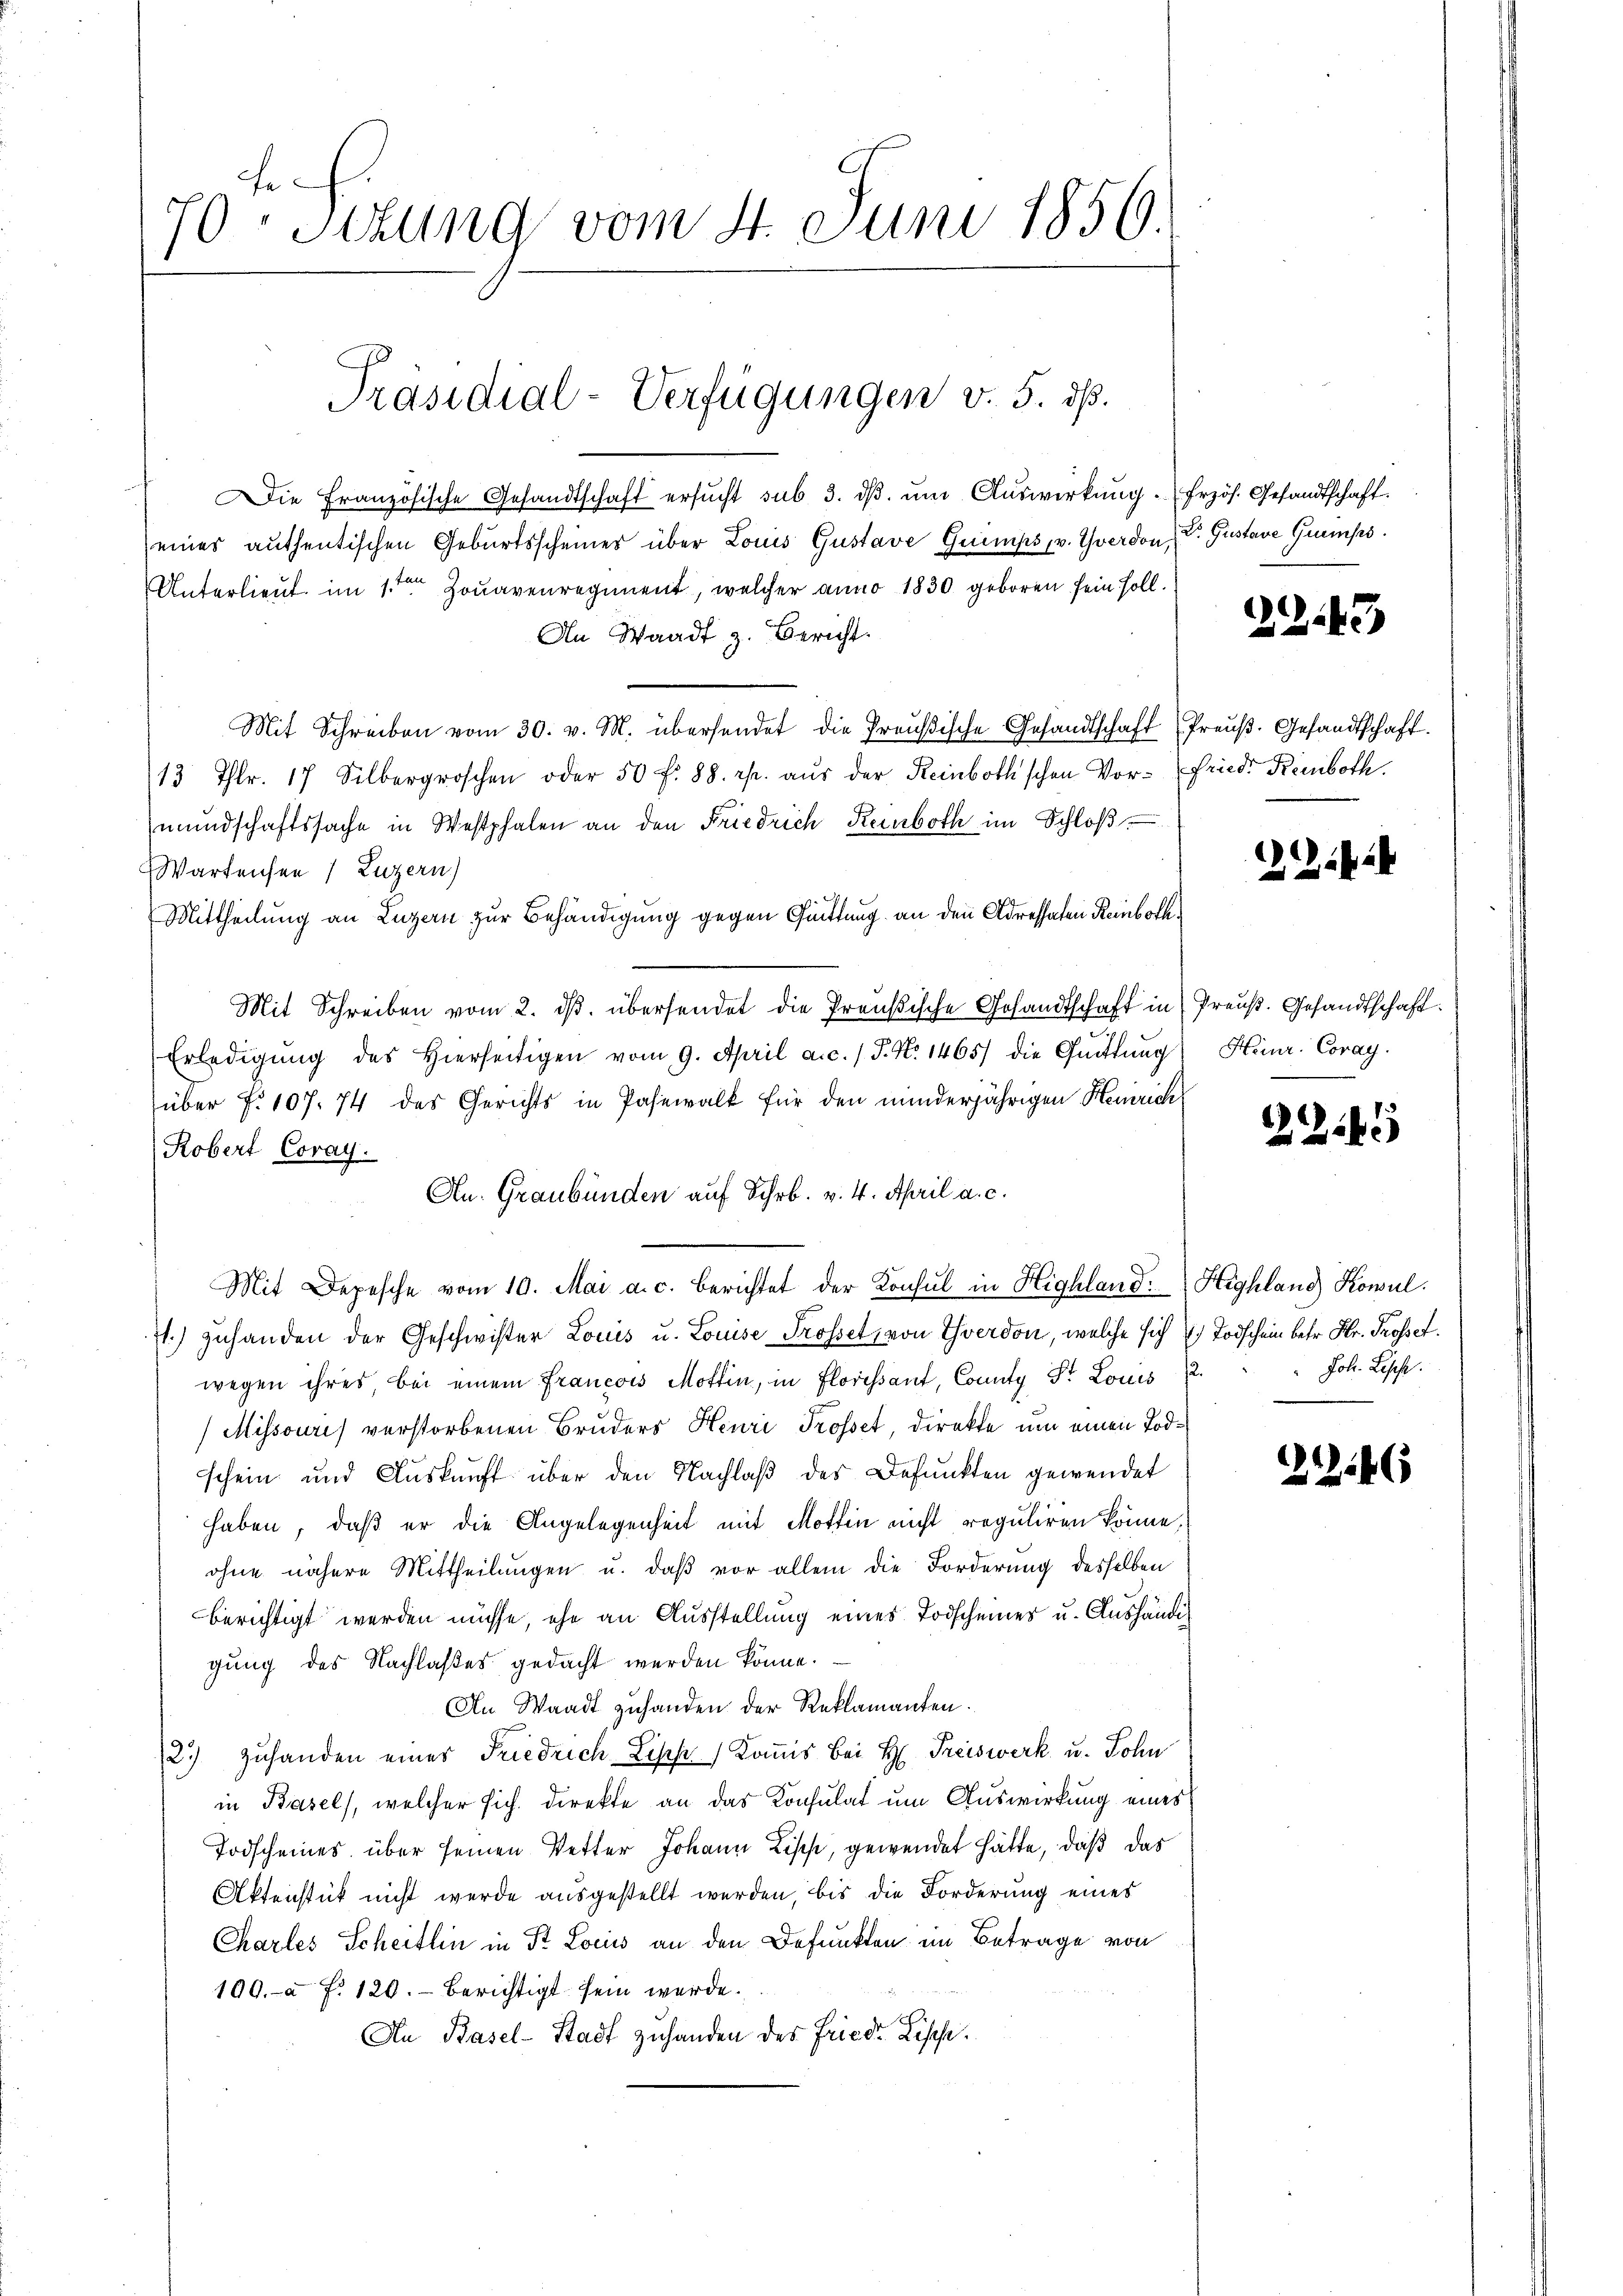
70ten Sizung vom 4. Juni 1850.

Die Französische Gesandtschaft ersucht sub 3. dβ. um Auswirkung. Frzös. Gesandtschaft.
eines authentischen Geburtsscheines über Louis Gustave Guimps, v. Yverdon, V. Gustave Quemps.
Unterlieut. im 1ten Jonavenregiment, welcher anno 1830 geboren sein soll.
An Waadt z. Bericht.
Mit Schreiben vom 30. v. M. übersendet die Preŭβische Gesandtschaft Preŭβ. Gesandtschaft.
13 Thlr. 17 Silbergroschen oder 50 f. 88. rp. aŭs der Reinboth'schen Vor-Friedr Kremboth.
mŭndschaftssache in Westphalen an den Friedrich Reinboth im Schloß
Wartensee ) Luzern)
Mittheilung an Luzern zur Behändigung gegen Quittung an den Adressaten Reinboth,
Mit Schreiben vom 2. ds. übersendet die Preußische Gesandtschaft in Preuß. Gesandtschaft.
Erledigŭng des hierseitigen vom 9. April a.c. / J. N. 1465) die Güttung
über f. 107. 74 des Gerichts in Pasewalt für den minderjährigen Henrich
Robert Coray.
Mit Depesche vom 10. Mai a. c. berichtet der Konsul in Highland. Highland Kowul.
71.) zuhanden der Geschwister Louis u. Louise Trosset, von Yverdon, welche sich 4. Todschein betr. Hr. Prosset.
wegen ihres, bei einem Francois Mottin, in Floressant, County St. Louis 2.
Mihsouris verstorbenen Bruders Henri Trosset, direkte um einen Todschein und Auskunft über den Nachlaß des Befunkten gewendet
haben, daß er die Angelegenheit mit Mottin nicht reguliren könne,
ohne nähere Mittheilungen u. daß vor allem die Forderung desselben
berichtigt werden müsse, ehe an Ausstellung eines Todscheines u. Aushändigung des Nachlaßes gedacht werden könne.
An Waadt zuhanden der Reklamanten.
2.) Zuhanden einer Friedrich Lische Komis bei H. Preiswerk u. Sohn
in Basels, welcher sich direkte an das Konsulat um Auswirkung eines
Todscheines über seinen Vetter Johann Lisch, gewendet hätte, daß das
Aktenstück nicht werde ausgestellt werden, bis die Forderung eines
Charles Scheitlin in St. Locis an den Befunkten im Betrage von
100.- a. f. 120. Berichtigt sein werde.
An Basel-Stadt zuhanden des Fried. Lische.

Präsidial-Verfügungen v. 5. dß.

An. Graubünden auf Schr. v. 4. April a. c.

243

2

Heinr. Coray.

245

Fol. Lesehe.

.